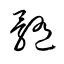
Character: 髓